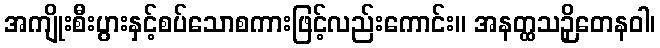
အကျိုးစီးပွားနှင့်စပ်သောစကားဖြင့်လည်းကောင်း။ အနတ္ထသဉှိတေနဝါ၊